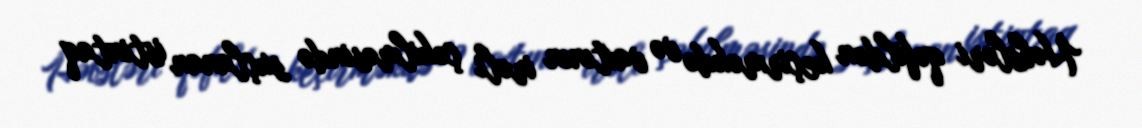
Həbsləri qəfildən keçirməkdə və vaxtının irəli çəkilməsində suçlanan istintaq